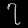
Digit: ၇